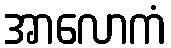
အာလောကံ